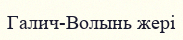
Галич-Волынь жері